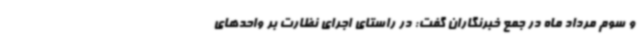
و سوم مرداد ماه در جمع خبرنگاران گفت: در راستای اجرای نظارت بر واحدهای